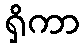
ရှိကာ